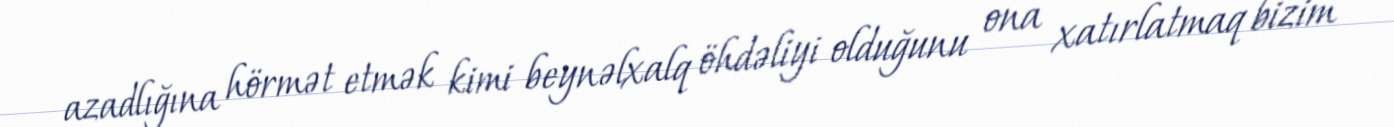
azadlığına hörmət etmək kimi beynəlxalq öhdəliyi olduğunu ona xatırlatmaq bizim